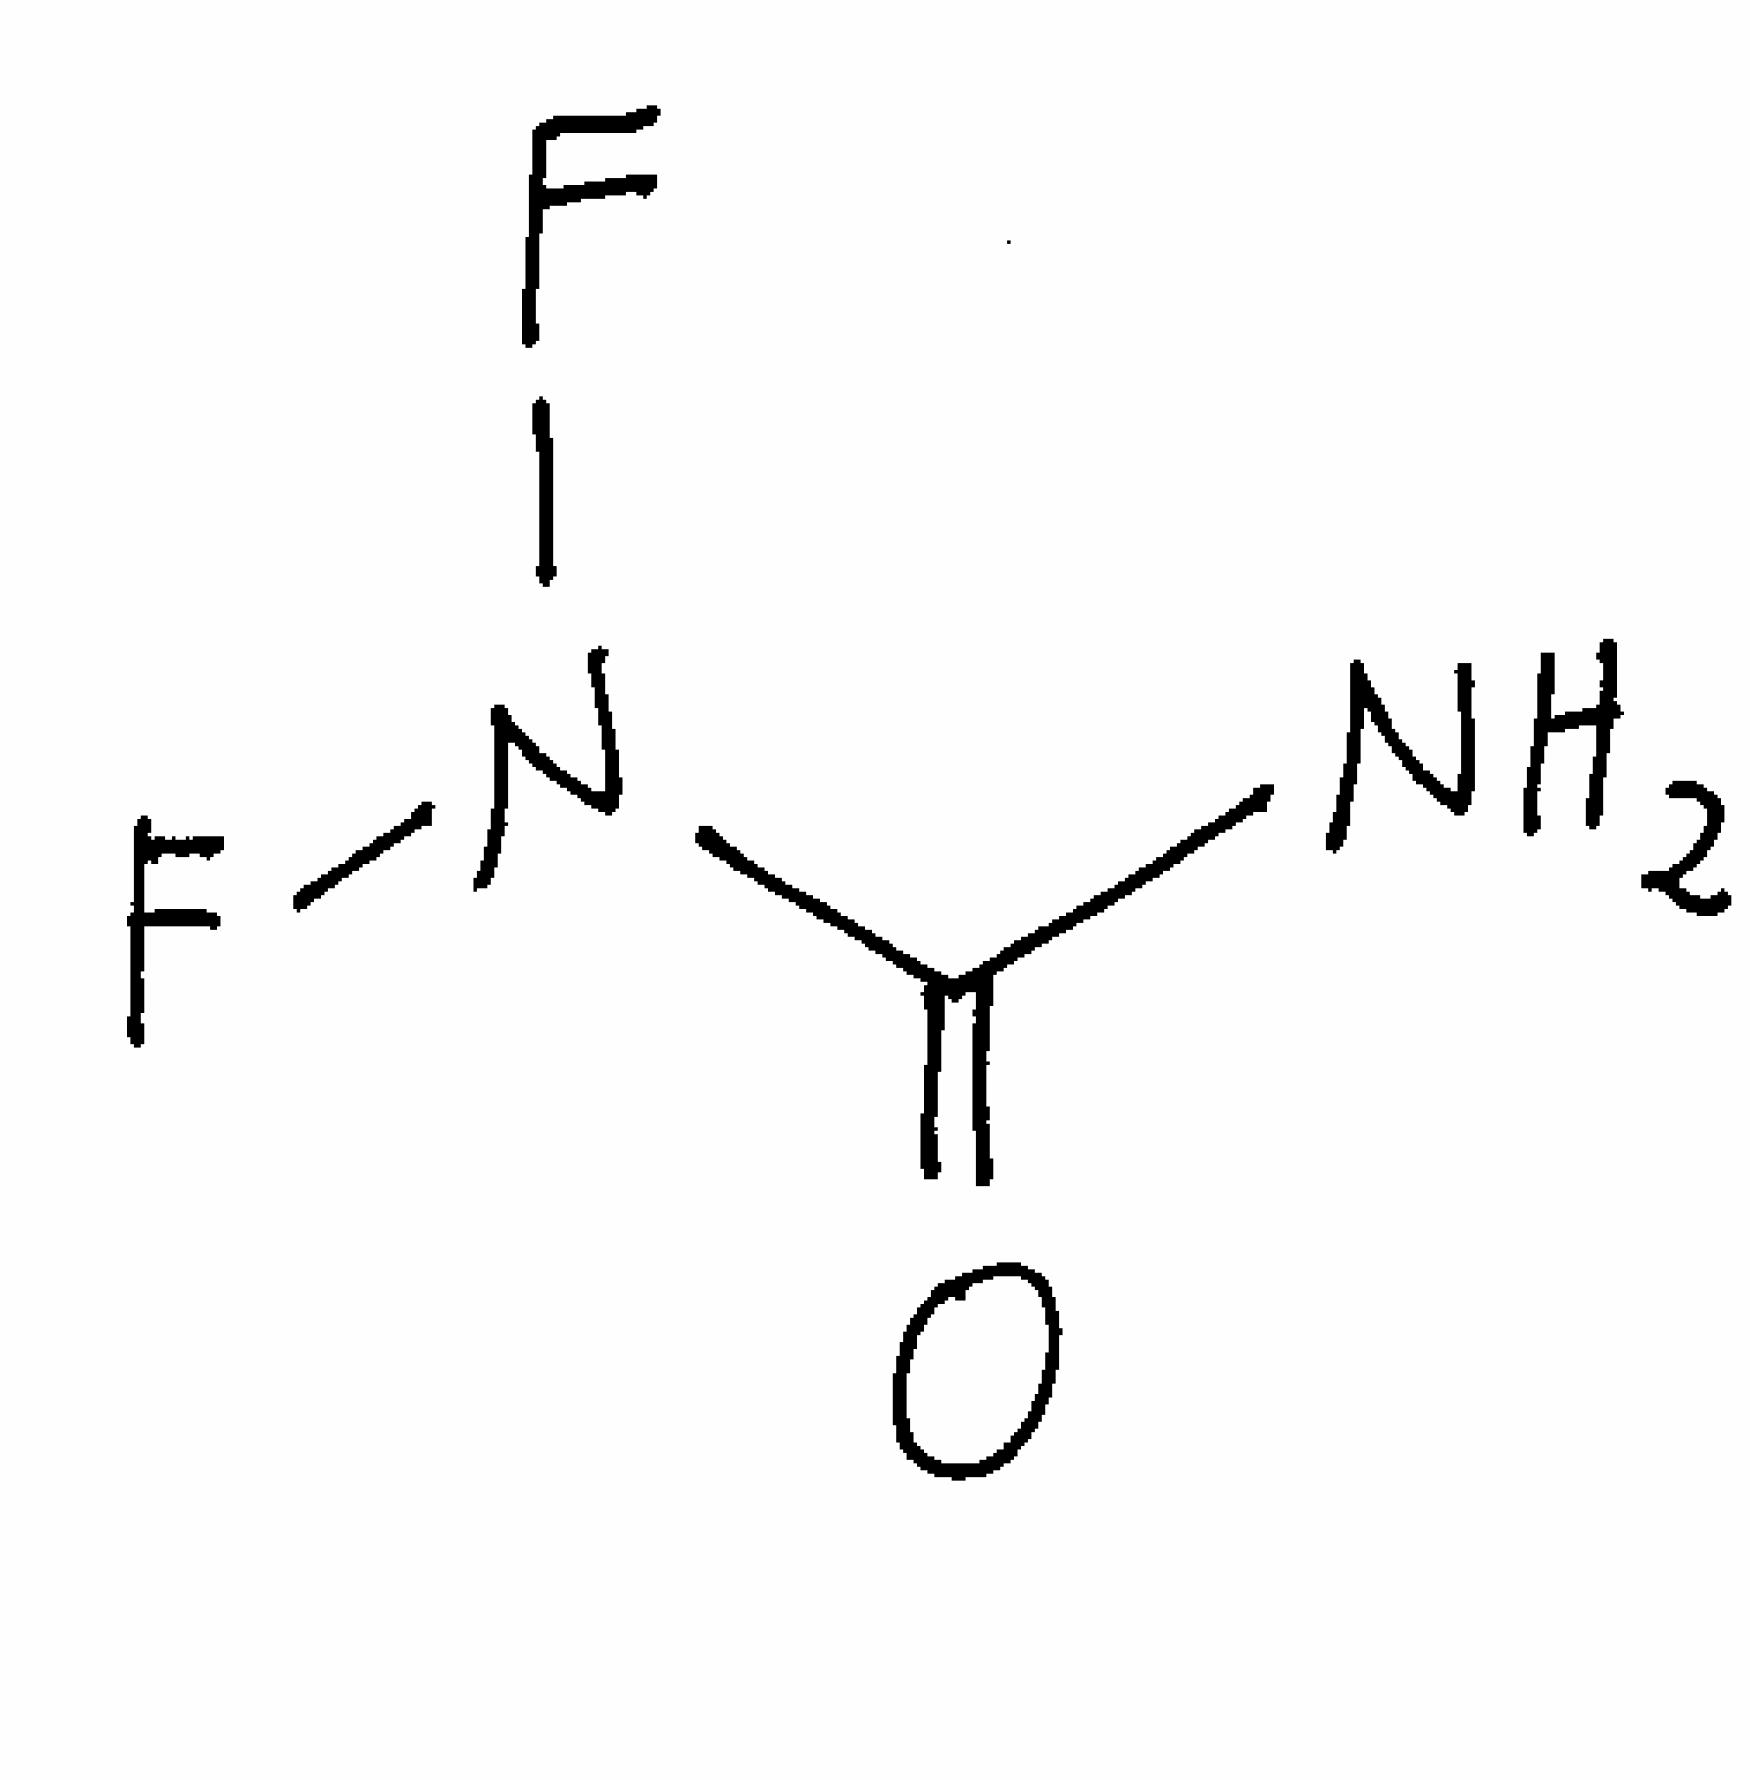
Simplified molecular-input line-entry system (SMILES) notation of the given molecule:
C(=O)(N)N(F)F